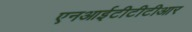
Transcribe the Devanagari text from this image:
एनआईटीटीटीआर